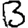
Digit: 3